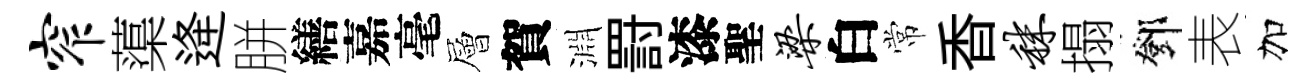
窄蕖逄胼繕嘉毫層賀淵罸漆聖梁白常香秣搨鄧表加